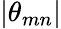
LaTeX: |\theta_{mn}|